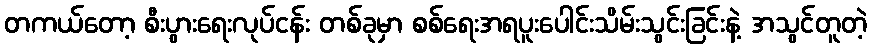
တကယ်တော့ စီးပွားရေးလုပ်ငန်း တစ်ခုမှာ စစ်ရေးအရပူးပေါင်းသိမ်းသွင်းခြင်းနဲ့ အသွင်တူတဲ့